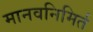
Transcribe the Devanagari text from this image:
मानवनिमिर्त